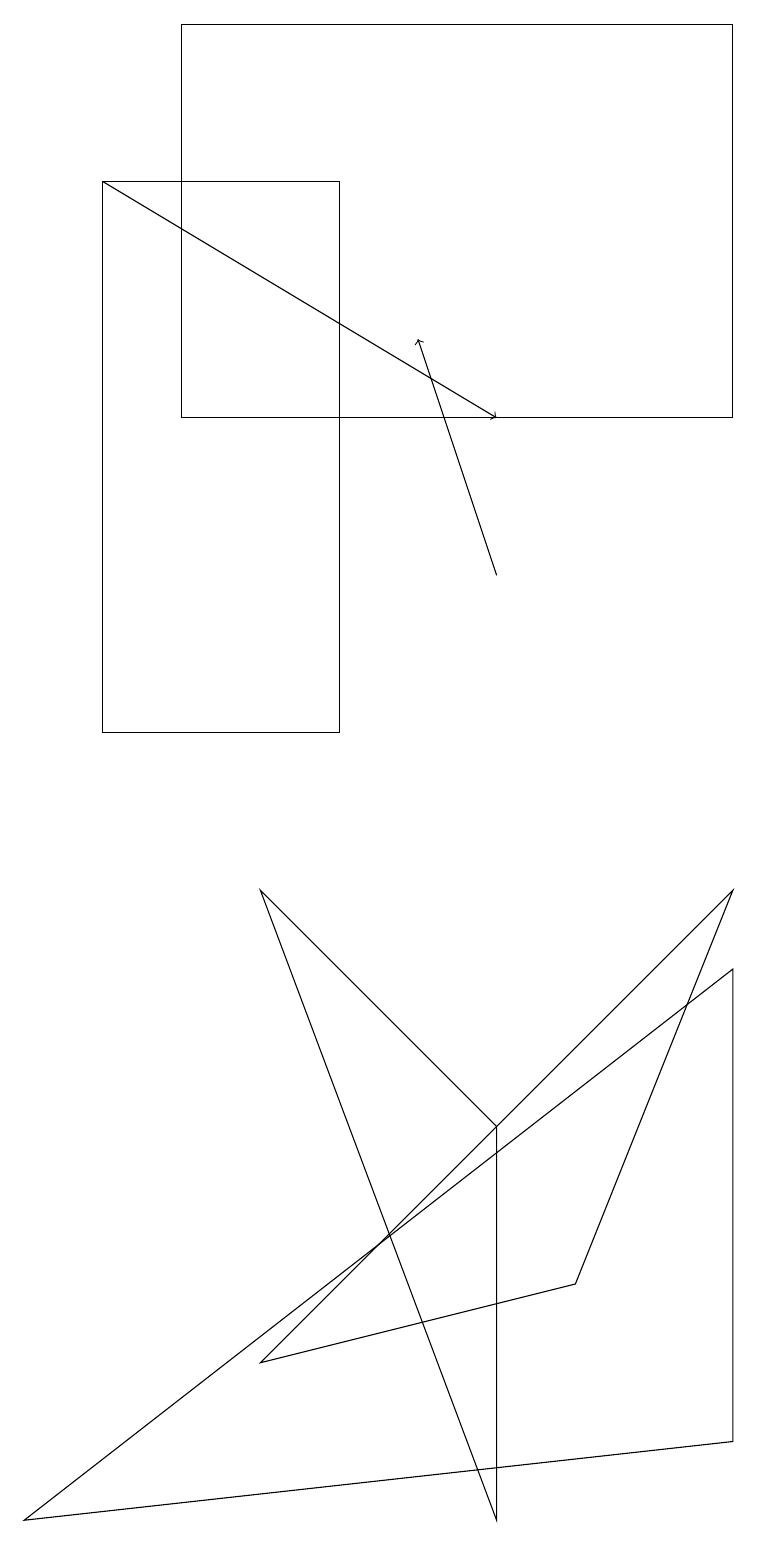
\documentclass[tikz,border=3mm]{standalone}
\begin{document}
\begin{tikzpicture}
\draw (4,10) rectangle (1,17);
\draw (9,8) -- (3,2) -- (7,3) -- cycle;
\draw (9,19) rectangle (2,14);
\draw (9,1) -- (0,0) -- (9,7) -- cycle;
\draw[->] (6,12) -- (5,15);
\draw[->] (1,17) -- (6,14);
\draw (6,5) -- (6,0) -- (3,8) -- cycle;
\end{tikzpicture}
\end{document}